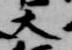
大